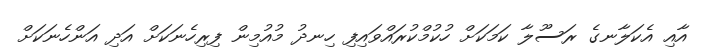
އާއި އެކަލާނގެ ރަސޫލާ ކަމަކަށް ހުކުމްކުރައްވައިފި ހިނދު މުއުމިން ފިރިހެނަކަށް އަދި އަންހެނަކަށް